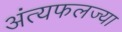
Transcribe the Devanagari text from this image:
अंत्यफलज्या